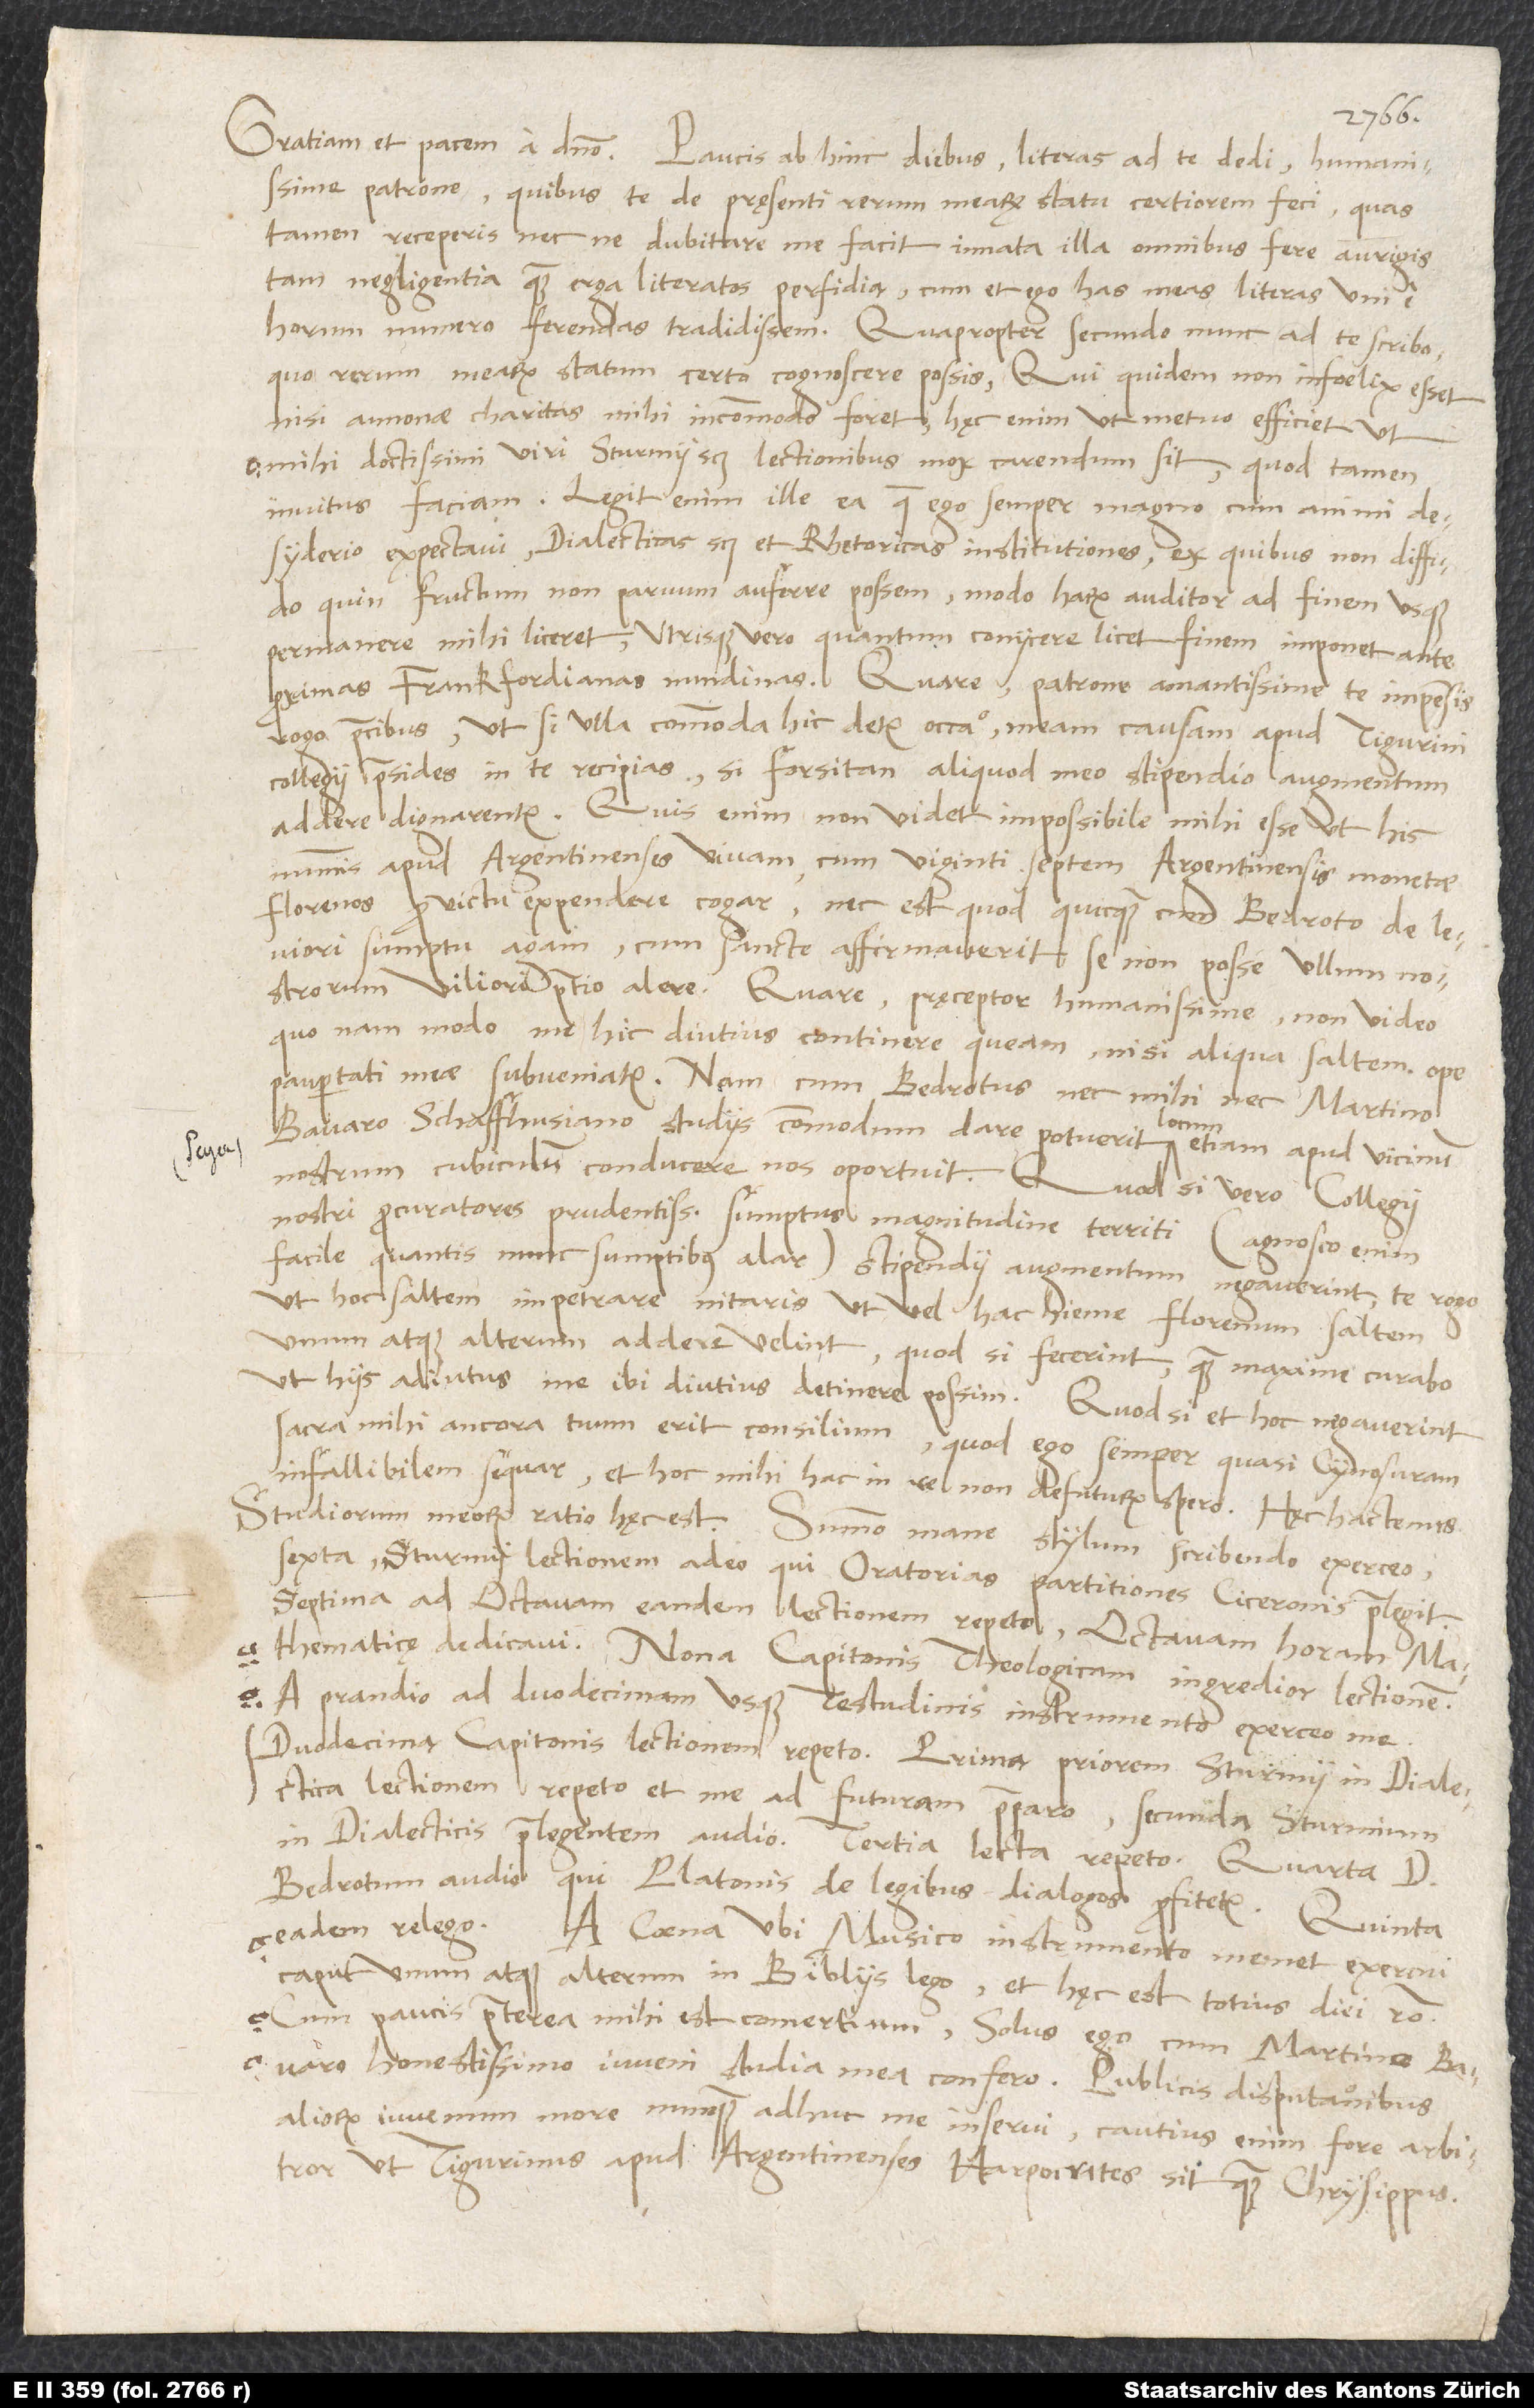
patrone, quibus te de pręsenti rerum mearum statu certiorem feci; quas
tamen receperis necne, dubitare me facit innata illa omnibus fere aurigis
tam negligentia quam erga literatos perfidia, cum et ego has meas literas uni e
horum numero ferendas tradidissem. Quapropter secundo nunc ad te scribo,
quo rerum mearum statum certe cognoscere possis, qui quidem non infoelix esset,
nisi annonae charitas mihi incommodo foret. Hęc enim, ut metuo, efficiet, ut
mihi doctissimi viri Sturmii scilicet lectionibus mox carendum sit, quod tamen
invitus faciam. Legit enim ille ea, quae ego semper magno cum animi
desyderio expectavi, dialecticas scilicet et rhetoricas institutiones, ex quibus non diffido,
quin fructum non parvum auferre possem, modo harum auditor ad finem usque
permanere mihi liceret. Utrisque vero, quantum coniicere licet, finem imponet ante
proximas Frankfordianas nundinas. Quare, patrone amantissime, te impensis
rogo precibus, ut, si ulla commoda hic detur occasio, meam causam apud Tigurini
collegii praesides in te recipias, si forsitan aliquod meo stipendio augmentum
addere dignarentur. Quis enim non videt impossibile mihi esse, ut his
nummis apud Argentinenses vivam, cum viginti septem Argentinensis monetae
leviori sumptu agam, cum sancte affirmaverit se non posse ullum nostrorum
viliori pretio alere. Quare, pręceptor humanissime, non video,
quo nam modo me hic diutius continere queam, nisi aliqua saltem ope
paupertati meae subveniatur. Nam cum Bedrotus nec mihi nec Martino
Bavaro Schaffhusiano studiis commodum dare potuerit locum, etiam apud vicinum
nostrum cubiculum conducere nos oportuit. Quod si vero collegii
nostri procuratores prudentissimi sumptus magnitudine territi (agnosco enim
facile, quantis nunc sumptibus alar) stipendii augmentum negaverint, te rogo,
ut hoc saltem impetrare nitaris, ut vel hac hieme florenum saltem
unum atque alterum addere velint; quod si fecerint, quam maxime curabo,
sacra mihi ancora tuum erit consilium, quod ego semper quasi Cynosuram
infallibilem sequar, et hoc mihi hac in re non defuturum spero. Hęc hactenus.
Studiorum meorum ratio hęc est: Summo mane stylum scribendo exerceo,
sexta Sturmii lectionem adeo, qui Oratorias partitiones Ciceronis praelegit.
Septima ad octavam eandem lectionem repeto; octavam horam
mathematicę dedicavi. Nona Capitonis theologicam ingredior lectionem.
A prandio ad duodecimam usque testudinis instrumento exerceo me.
Duodecima Capitonis lectionem repeto. Prima priorem Sturmii in dialectica
lectionem repeto et me ad futuram praeparo. Secunda Sturmium
in dialecticis praelegentem audio. Tertia lecta repeto. Quarta d.
Bedrotum audio, qui Platonis de legibus dialogos profitetur. Quinta
eadem relego.
A coena, ubi musico instrumento memet exercui,
caput unum atque alterum in bibliis lego, et hęc est totius diei ratio.
Cum paucis praeterea mihi est comertium, solus ego cum Martino
Bavaro, honestissimo iuveni, studia mea confero. Publicis disputationibus
aliorum iuvenum more nunquam adhuc me inserui; cautius enim fore arbitror,
ut Tigurinus apud Argentinenses Harpocrates sit quam Chrysippus.